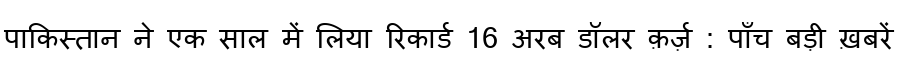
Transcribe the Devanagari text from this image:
पाकिस्तान ने एक साल में लिया रिकार्ड 16 अरब डॉलर क़र्ज़ : पाँच बड़ी ख़बरें